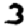
Digit: 3